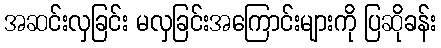
အဆင်းလှခြင်း မလှခြင်းအကြောင်းများကို ပြဆိုခန်း